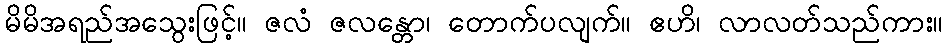
မိမိအရည်အသွေးဖြင့်။ ဇလံ ဇလန္တော၊ တောက်ပလျက်။ ဧဟိ၊ လာလတ်သည်ကား။